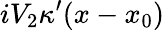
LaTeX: iV_{2}\kappa^{\prime}(x-x_{0})